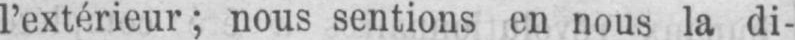
l’extérieur; nous sentions en nous la di-